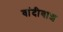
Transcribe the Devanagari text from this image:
वांदीवाश